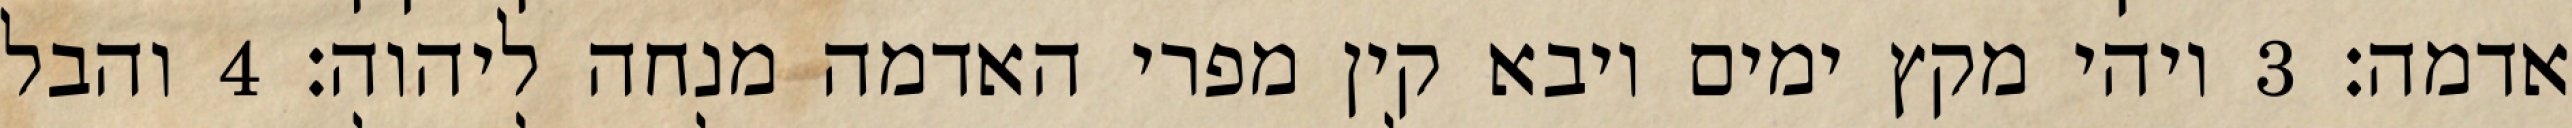
אדמה׃ ‎3‏ ויהי מקץ ימים ויבא קין מפרי האדמה מנחה ליהוה׃ ‎4‏ והבל